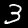
Digit: 3